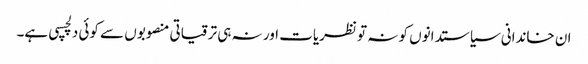
ان خاندانی سیاستدانوں کو نہ تو نظریات اور نہ ہی ترقیاتی منصوبوں سے کوئی دلچسپی ہے۔